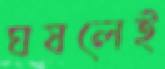
ঘষলেই